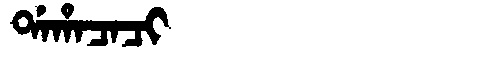
Manchu: ᡩᠠᡥᠠᠴᠠᠴᡳ
Romanization: DAHACACI